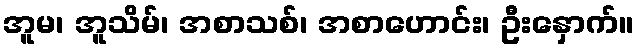
အူမ၊ အူသိမ်၊ အစာသစ်၊ အစာဟောင်း၊ ဦးနှောက်။